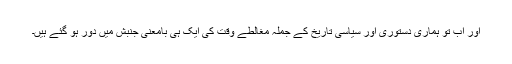
اور اب تو ہماری دستوری اور سیاسی تاریخ کے جملہ مغالطے وقت کی ایک ہی بامعنی جنبش میں دور ہو گئے ہیں۔